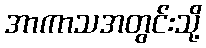
အာကာသအတွင်းသို့